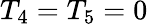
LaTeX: T_{4}=T_{5}=0